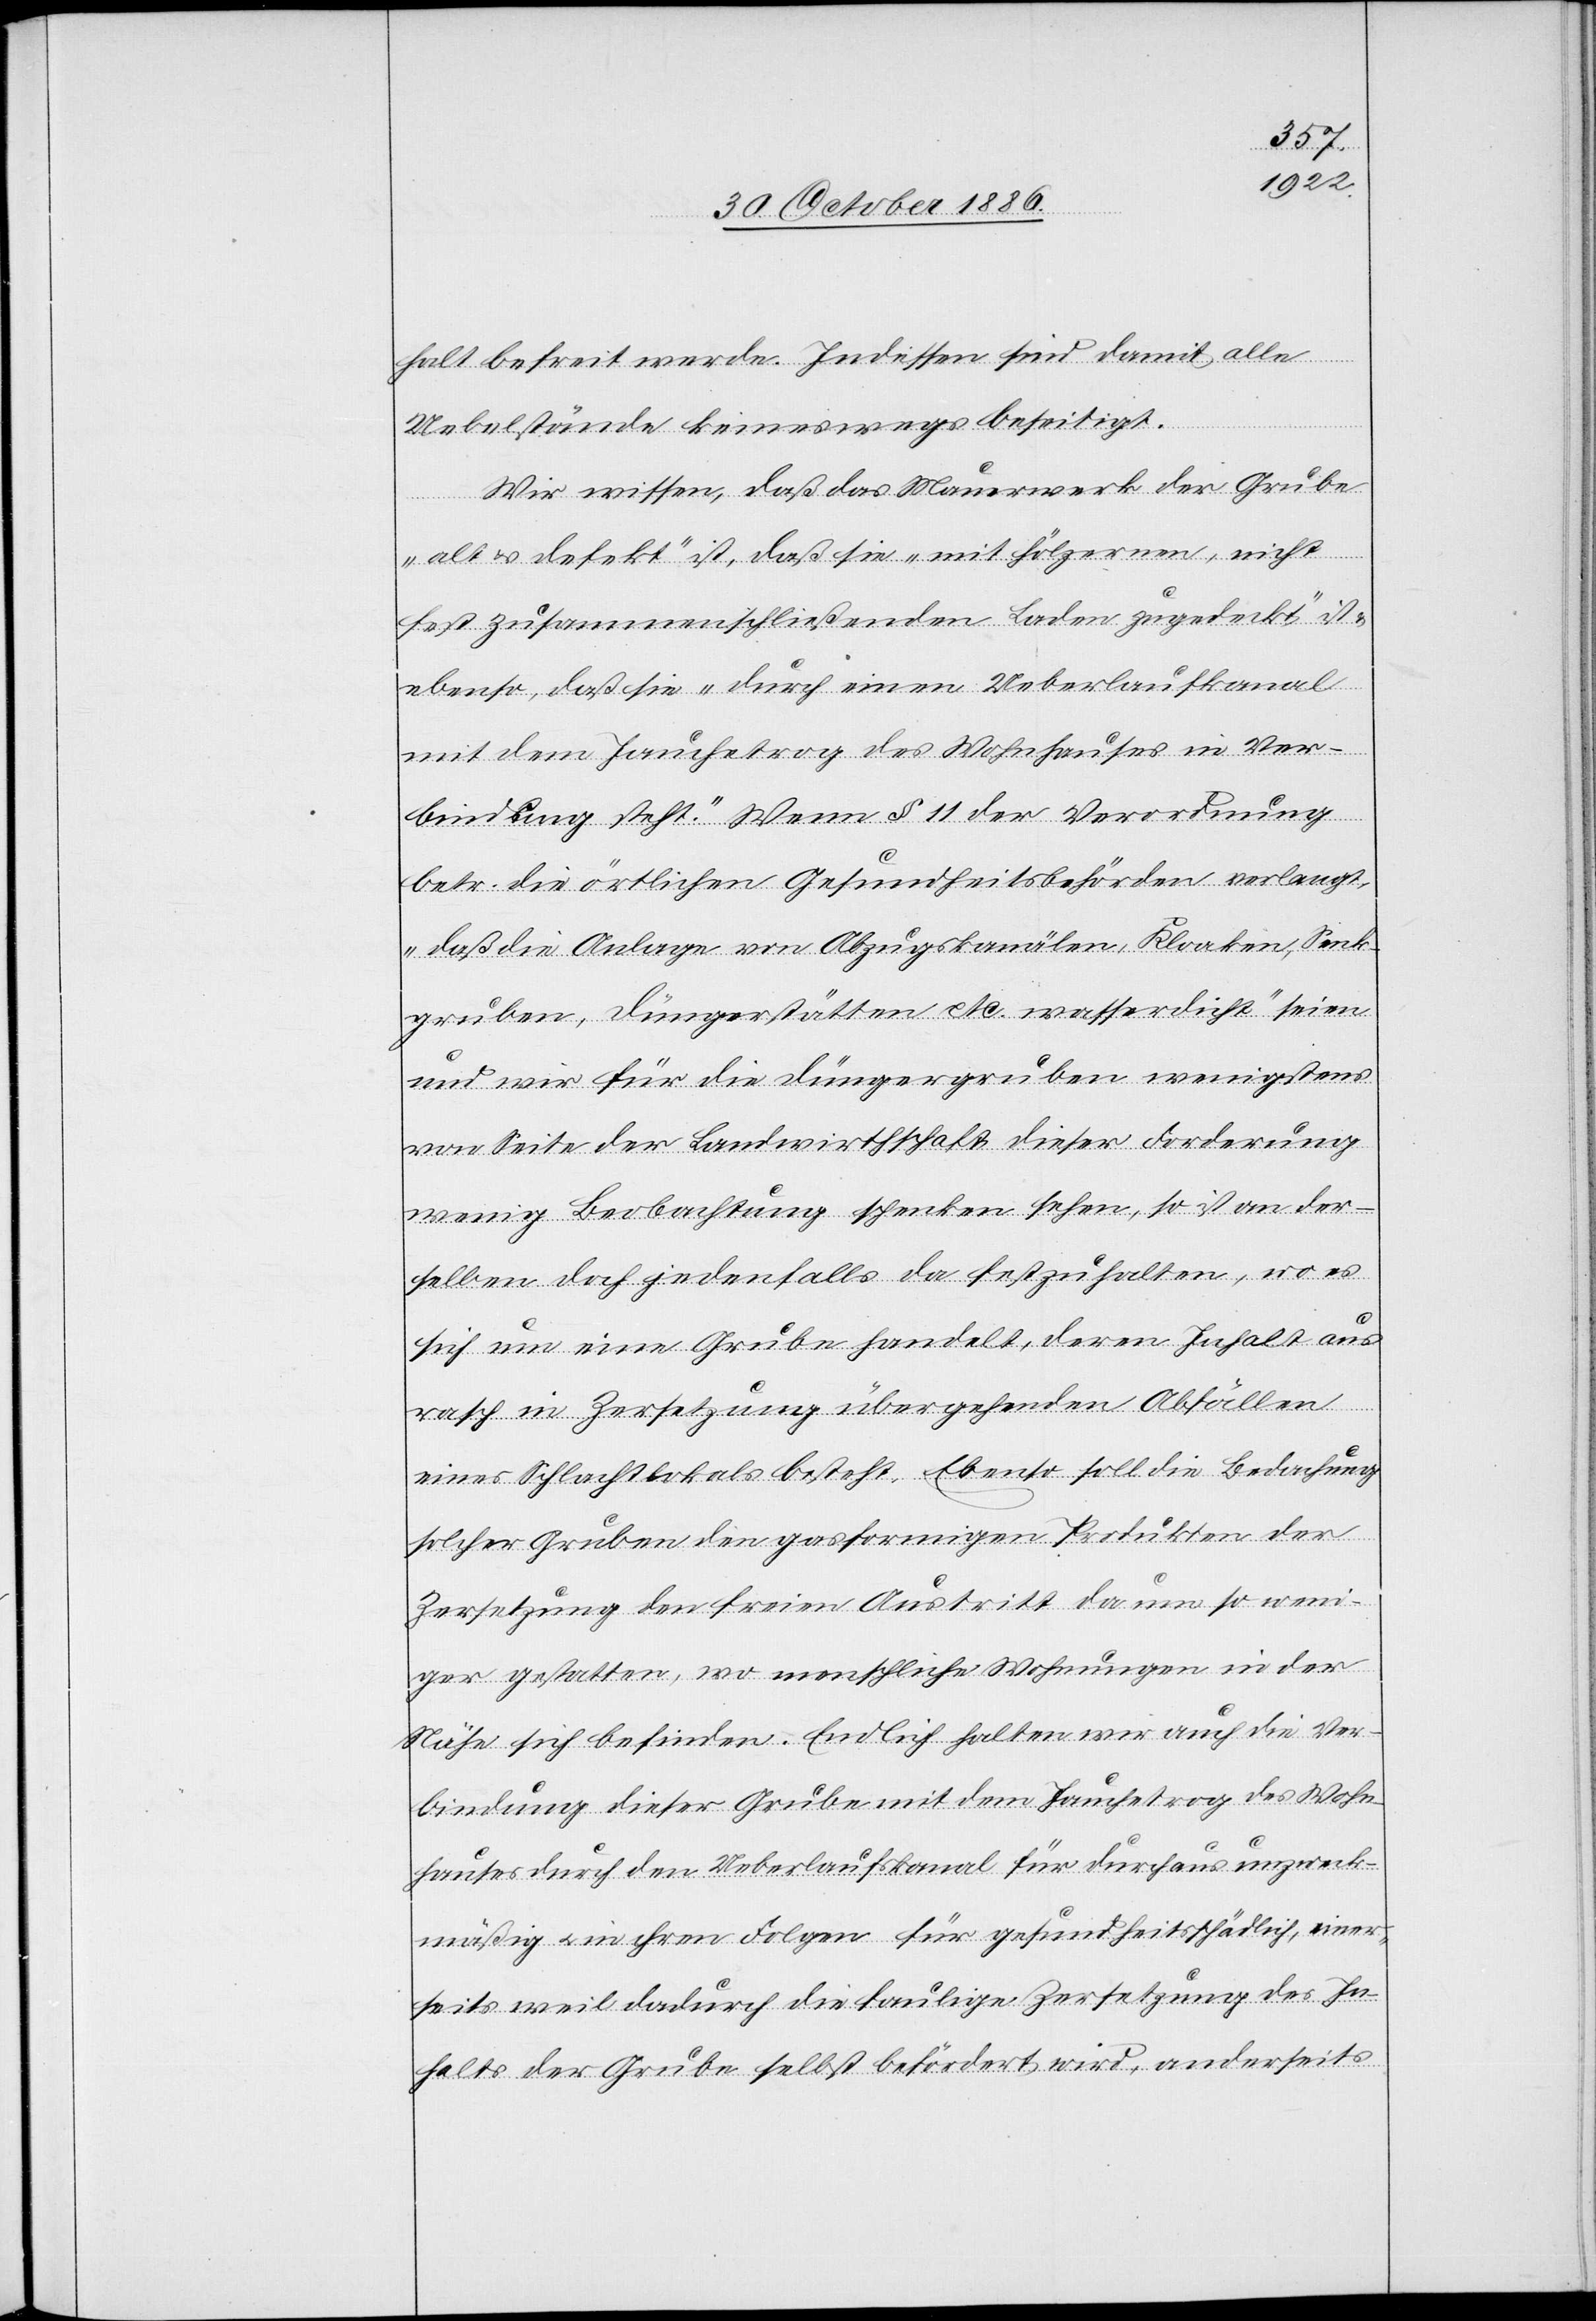
halt befreit werde. Indessen sind damit alle
Uebelstände keineswegs beseitigt.
Wir wissen, daß das Mauerwerk der Grube
„alt & defekt“ ist, daß sie „mit hölzernen, nicht
fest zusammenschließenden Laden zugedeckt“ ist
ebenso, daß sie „durch einen Ueberlaufkanal
mit dem Jauchetrog des Wohnhauses in Ver¬
bindung steht.“ Wenn § 11 der Verordnung
betr. die örtlichen Gesundheitsbehörden verlangt,
„daß die Anlage von Abzugskanälen, Kloaken, Senk¬
gruben, Düngerstätten etc. wasserdicht“ seien
und wir für die Düngergruben wenigstens
von Seite der Landwirthschaft dieser Forderung
wenig Beobachtung schenken sehen, so ist an der¬
selben doch jedenfalls da festzuhalten, wo es
sich um eine Grube handelt, deren Inhalt aus
rasch in Zersetzung übergehenden Abfällen
eines Schlachtlokals besteht. Ebenso soll die Bedachung
solcher Gruben den gasformigen [sic!] Produkten der
Zersetzung den freien Austritt da um so weni¬
ger gestatten, wo menschliche Wohnungen in der
Nähe sich befinden. Endlich halten wir auch die Ver¬
bindung dieser Grube mit dem Jauchetrog des Wohn¬
hauses durch den Ueberlaufskanal für durchaus unzweck¬
mäßig & in ihren Folgen für gesundheitsschädlich, einer¬
seits weil dadurch die faulige Zersetzung des In¬
halts der Grube selbst befördert wird, anderseits